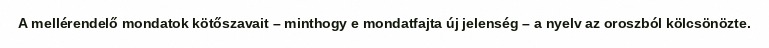
A mellérendelő mondatok kötőszavait – minthogy e mondatfajta új jelenség – a nyelv az oroszból kölcsönözte.